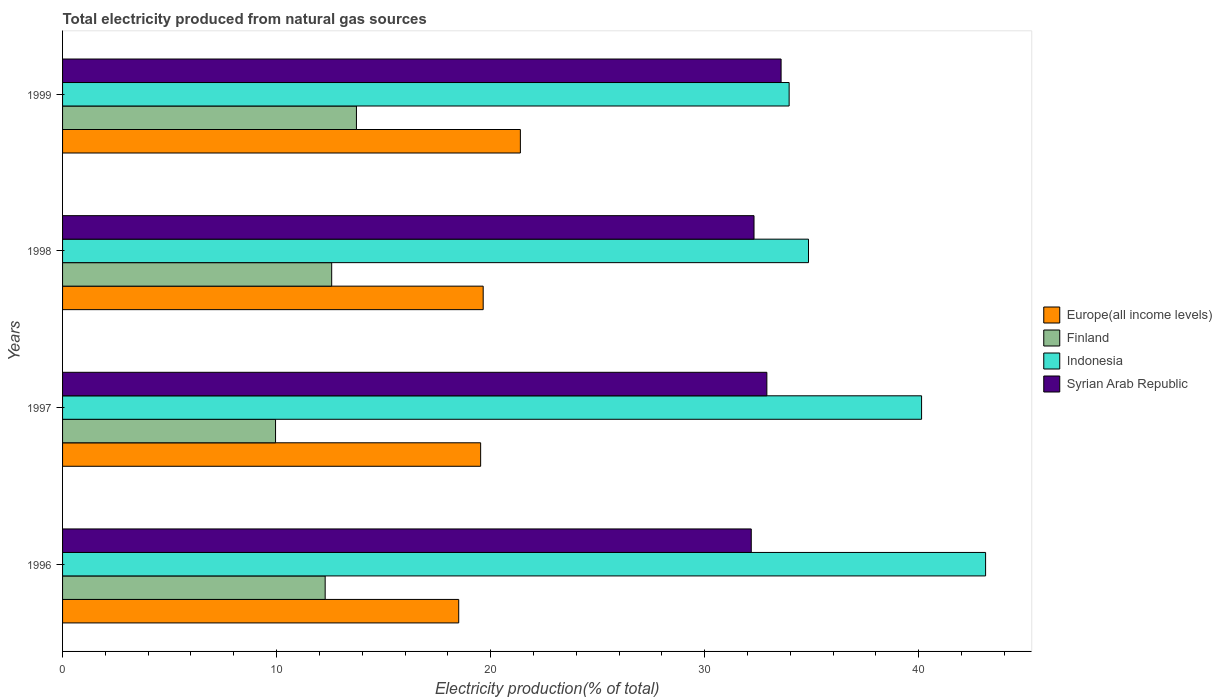
| Years | Europe(all income levels) | Finland | Indonesia | Syrian Arab Republic |
 | --- | --- | --- | --- | --- |
 | 1996 | 18.5 | 12.3 | 43.1 | 32.2 |
 | 1997 | 19.5 | 9.95 | 40.1 | 32.9 |
 | 1998 | 19.7 | 12.6 | 34.9 | 32.3 |
 | 1999 | 21.4 | 13.7 | 33.9 | 33.6 |